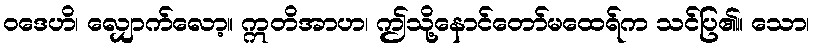
ဝဒေဟိ၊ လျှောက်လော့။ ဣတိအာဟ၊ ဤသို့နောင်တော်မထေရ်က သင်ပြ၏။ သော၊